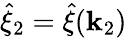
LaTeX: \hat{\xi}_{2}=\hat{\xi}(\mathbf{k}_{2})